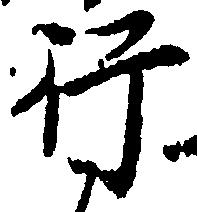
行